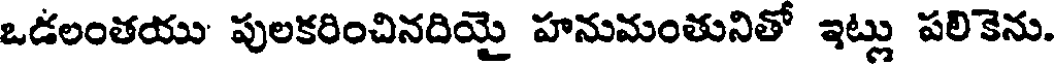
ఒడలంతయు పులకరించినదియై హనుమంతునితో ఇట్లు పలికెను.